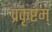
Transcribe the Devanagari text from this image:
प्रकृष्टम्